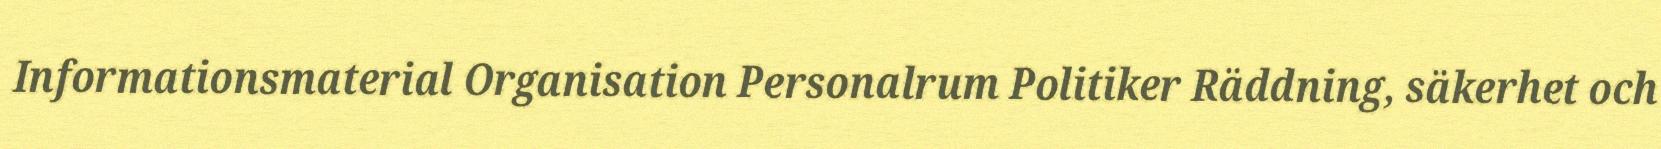
Informationsmaterial Organisation Personalrum Politiker Räddning, säkerhet och